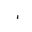
Letter: _alif